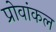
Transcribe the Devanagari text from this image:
प्रोवांकल